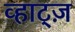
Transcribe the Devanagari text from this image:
व्हाट्ज़